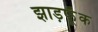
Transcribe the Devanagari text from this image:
झाड़फूँक